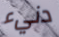
دنيء